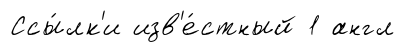
Ссы́лк'и изв'е́стный 1 англ